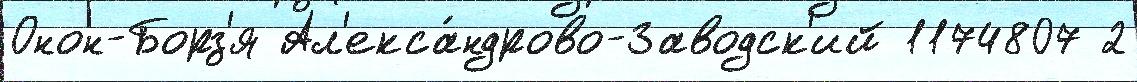
Онон-Борз'я Ал'екса́ндрово-Заводск'ий 1174807 2